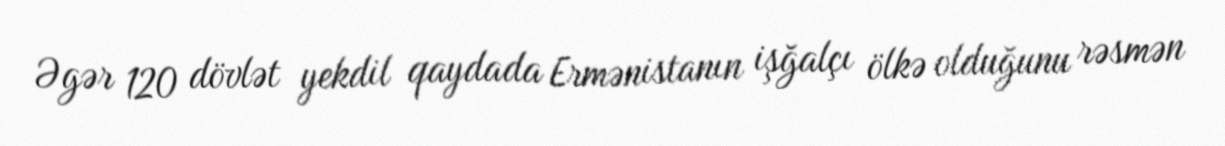
Əgər 120 dövlət yekdil qaydada Ermənistanın işğalçı ölkə olduğunu rəsmən